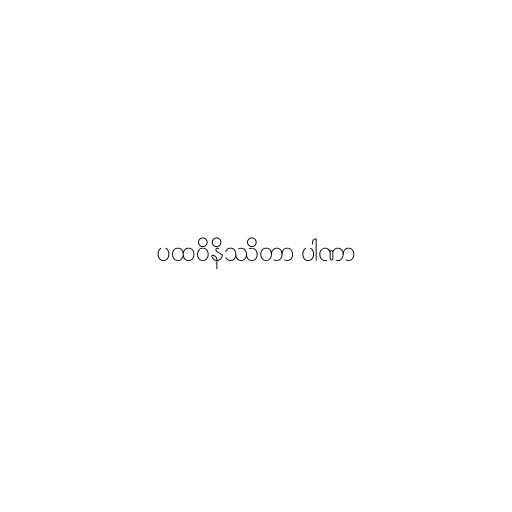
ပထဝိနိဿိတာ ပါဏာ